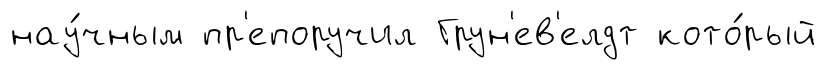
нау́чным пр'епоручил Грун'ев'елдт кото́рый